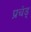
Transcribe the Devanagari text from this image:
प्रचंड्